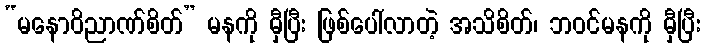
“မနောဝိညာဏ်စိတ်” မနကို မှီပြီး ဖြစ်ပေါ်လာတဲ့ အသိစိတ်၊ ဘဝင်မနကို မှီပြီး